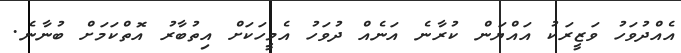
އެއްދުވަހު ވަޒީރަކު އައްޔަން ކުރާނެ އަނެއް ދުވަހު އެމީހަކަށް އިތުބާރު އޮތްކަމަށް ބުނާނެ.